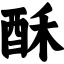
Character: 酥